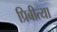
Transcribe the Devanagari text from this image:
प्रिबीत्या